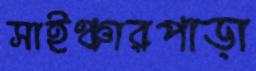
সাইঞ্চারপাড়া